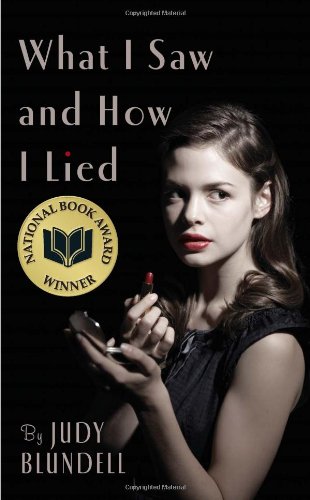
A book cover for What I Saw And How I Lied; Judy Blundell; Teen & Young Adult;